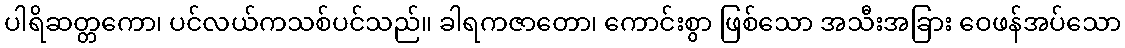
ပါရိဆတ္တကော၊ ပင်လယ်ကသစ်ပင်သည်။ ခါရကဇာတော၊ ကောင်းစွာ ဖြစ်သော အသီးအခြား ဝေဖန်အပ်သော